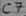
Text: C7